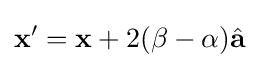
\mathbf {x} ^{\prime }=\mathbf {x} +2(\beta -\alpha ){\hat {\mathbf {a} }}